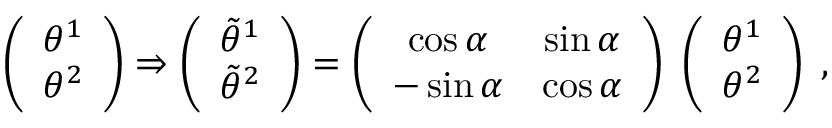
\left( \begin{array} { c } { { \theta ^ { 1 } } } \\ { { \theta ^ { 2 } } } \end{array} \right) \Rightarrow \left( \begin{array} { c } { { \tilde { \theta } ^ { 1 } } } \\ { { \tilde { \theta } ^ { 2 } } } \end{array} \right) = \left( \begin{array} { c c } { { \cos \alpha } } & { { \sin \alpha } } \\ { { - \sin \alpha } } & { { \cos \alpha } } \end{array} \right) \; \left( \begin{array} { c } { { \theta ^ { 1 } } } \\ { { \theta ^ { 2 } } } \end{array} \right) \; ,